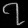
Digit: ၇